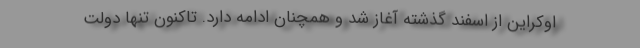
اوکراین از اسفند گذشته آغاز شد و همچنان ادامه دارد. تاکنون تنها دولت